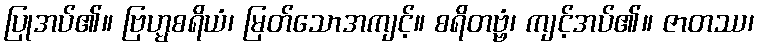
ပြုအပ်၏။ ဗြဟ္မစရိယံ၊ မြတ်သောအကျင့်။ စရိတဗ္ဗံ၊ ကျင့်အပ်၏။ ဇာတဿ၊